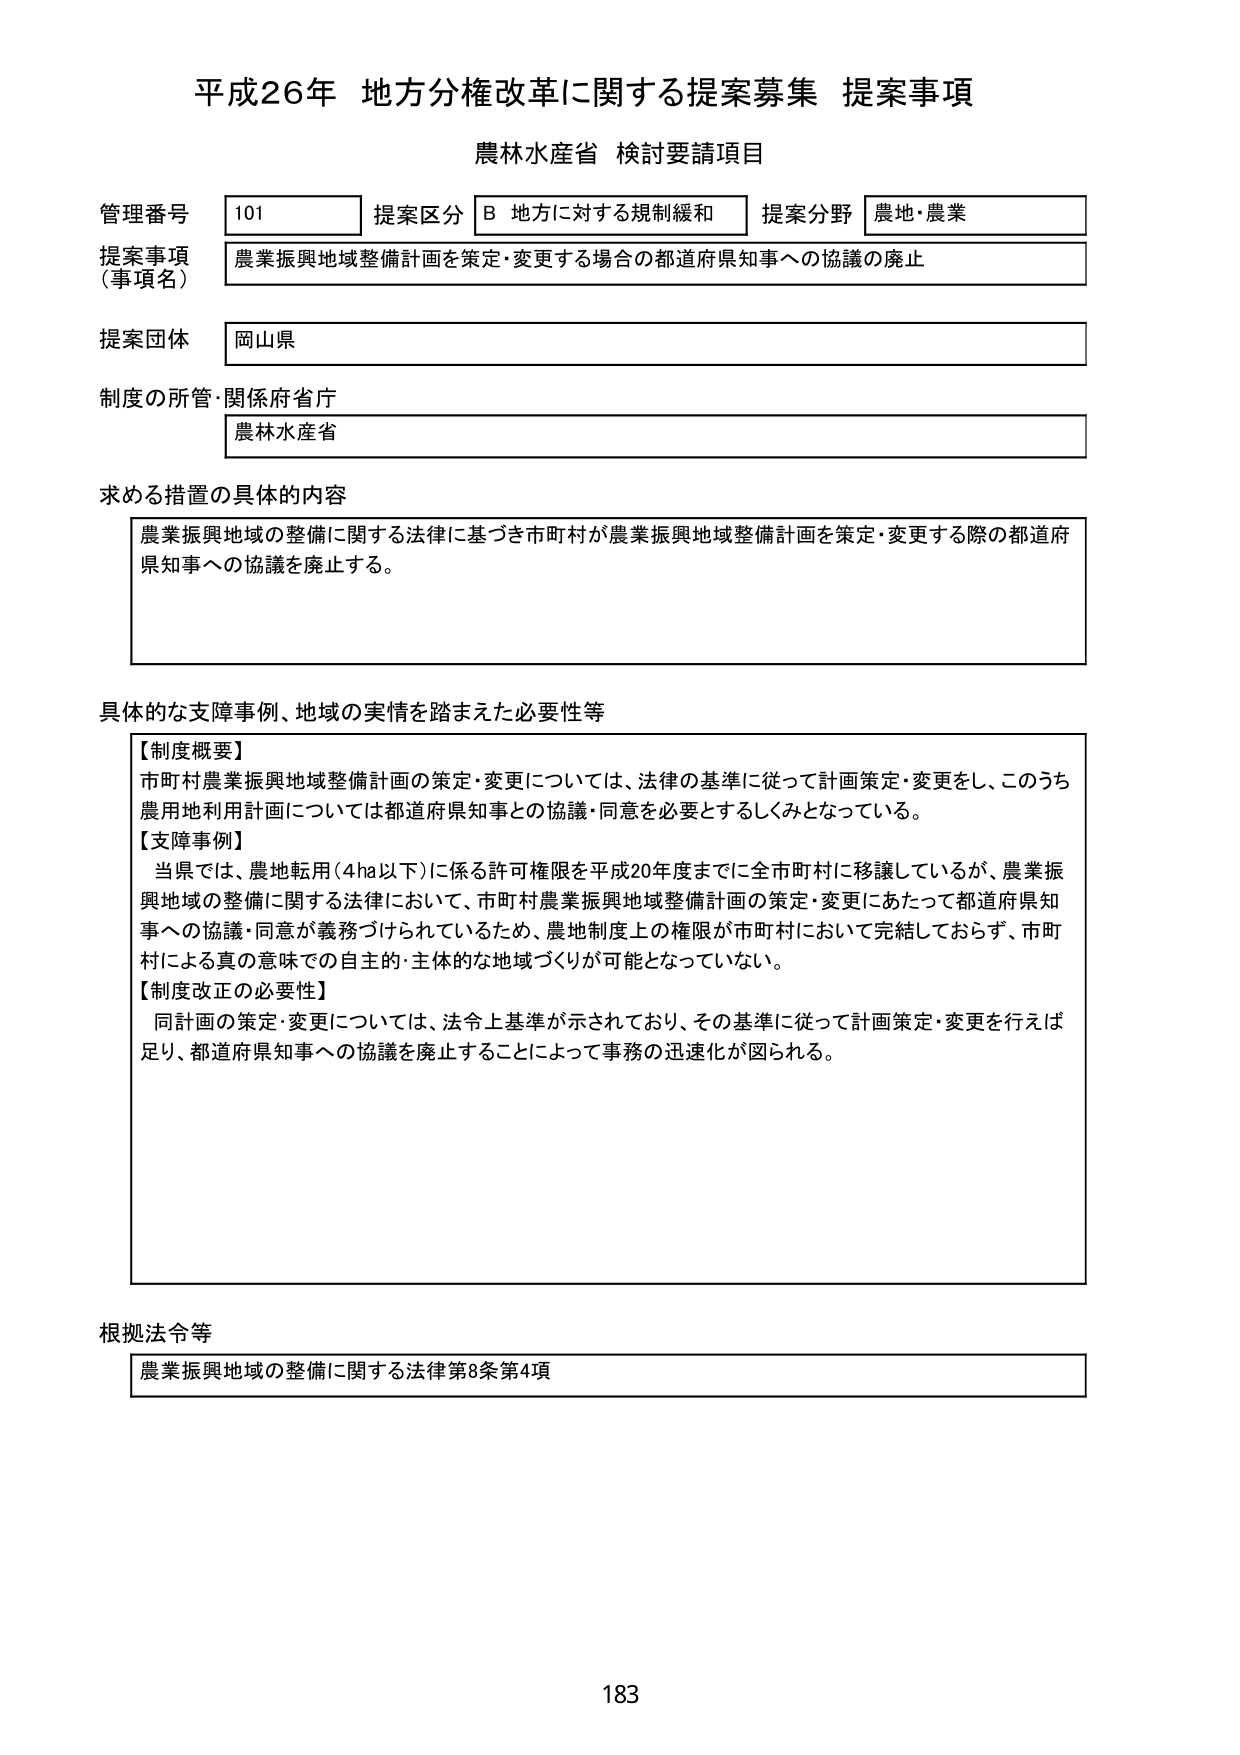
平成26年 地方分権改革に関する提案募集 提案事項
農林水産省 検討要請項目

管理番号 101 提案区分 B 地方に対する規制緩和 提案分野 農地・農業
提案事項（事項名） 農業振興地域整備計画を策定・変更する場合の都道府県知事への協議の廃止
提案団体 岡山県
制度の所管・関係府省庁 農林水産省

求める措置の具体的な内容
農業振興地域の整備に関する法律に基づき市町村が農業振興地域整備計画を策定・変更する際の都道府県知事への協議を廃止する。

具体的な支障事例、地域の実情を踏まえた必要性等
【制度概要】
市町村農業振興地域整備計画の策定・変更については、法律の基準に従って計画策定・変更をし、このうち農用地利用計画については都道府県知事との協議・同意を必要とするしくみとなっている。
【支障事例】
当県では、農地転用（4ha以下）に係る許可権限を平成20年度までに全市町村に移譲しているが、農業振興地域の整備に関する法律において、市町村農業振興地域整備計画の策定・変更にあたって都道府県知事への協議・同意が義務づけられているため、農地制度上の権限が市町村において完結しておらず、市町村による真の意味での自主的・主体的な地域づくりが可能となっていない。
【制度改正の必要性】
同計画の策定・変更については、法令上基準が示されており、その基準に従って計画策定・変更を行えば足り、都道府県知事への協議を廃止することによって事務の迅速化が図られる。

根拠法令等
農業振興地域の整備に関する法律第8条第4項

183